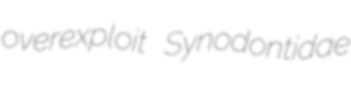
overexploit Synodontidae